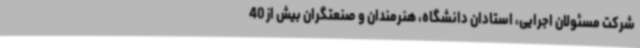
شرکت مسئولان اجرایی، استادان دانشگاه، هنرمندان و صنعتگران بیش از 40